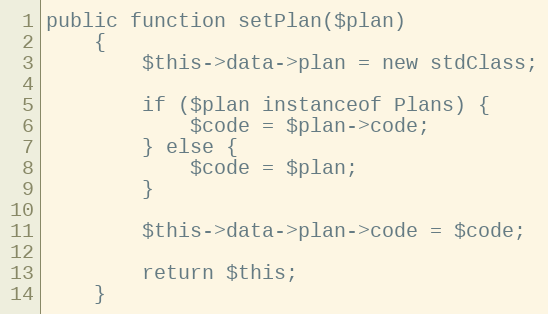
Language: PHP
public function setPlan($plan)
    {
        $this->data->plan = new stdClass;

        if ($plan instanceof Plans) {
            $code = $plan->code;
        } else {
            $code = $plan;
        }

        $this->data->plan->code = $code;

        return $this;
    }